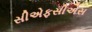
સીએફસીએસ